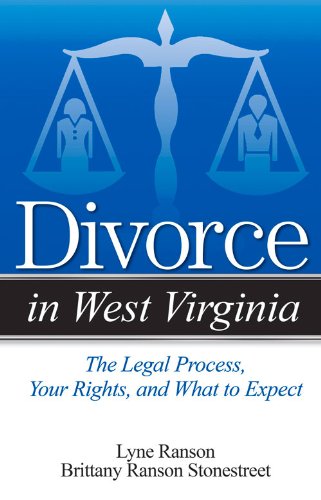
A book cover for Divorce in West Virginia: The Legal Process, Your Rights, and What to Expect; Lyne Ranson; Law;